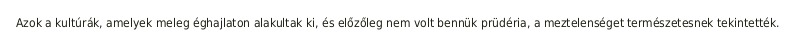
Azok a kultúrák, amelyek meleg éghajlaton alakultak ki, és előzőleg nem volt bennük prüdéria, a meztelenséget természetesnek tekintették.